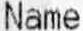
NAME